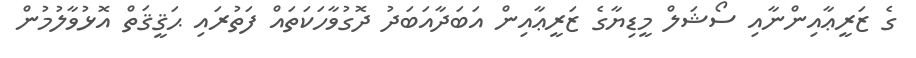
ގެ ޒަރީޢާއިންނާއި ސޯޝަލް މީޑިޔާގެ ޒަރީޢާއިން އަބަދާއަބަދު ދޮގުވާހަކަތައް ފަތުރައި ޙަޤީޤަތް އޮޅުވާލުމުން